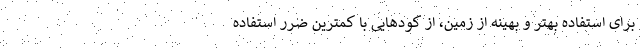
برای استفاده بهتر و بهینه از زمین، از کود‌هایی با کمترین ضرر استفاده